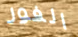
الفور